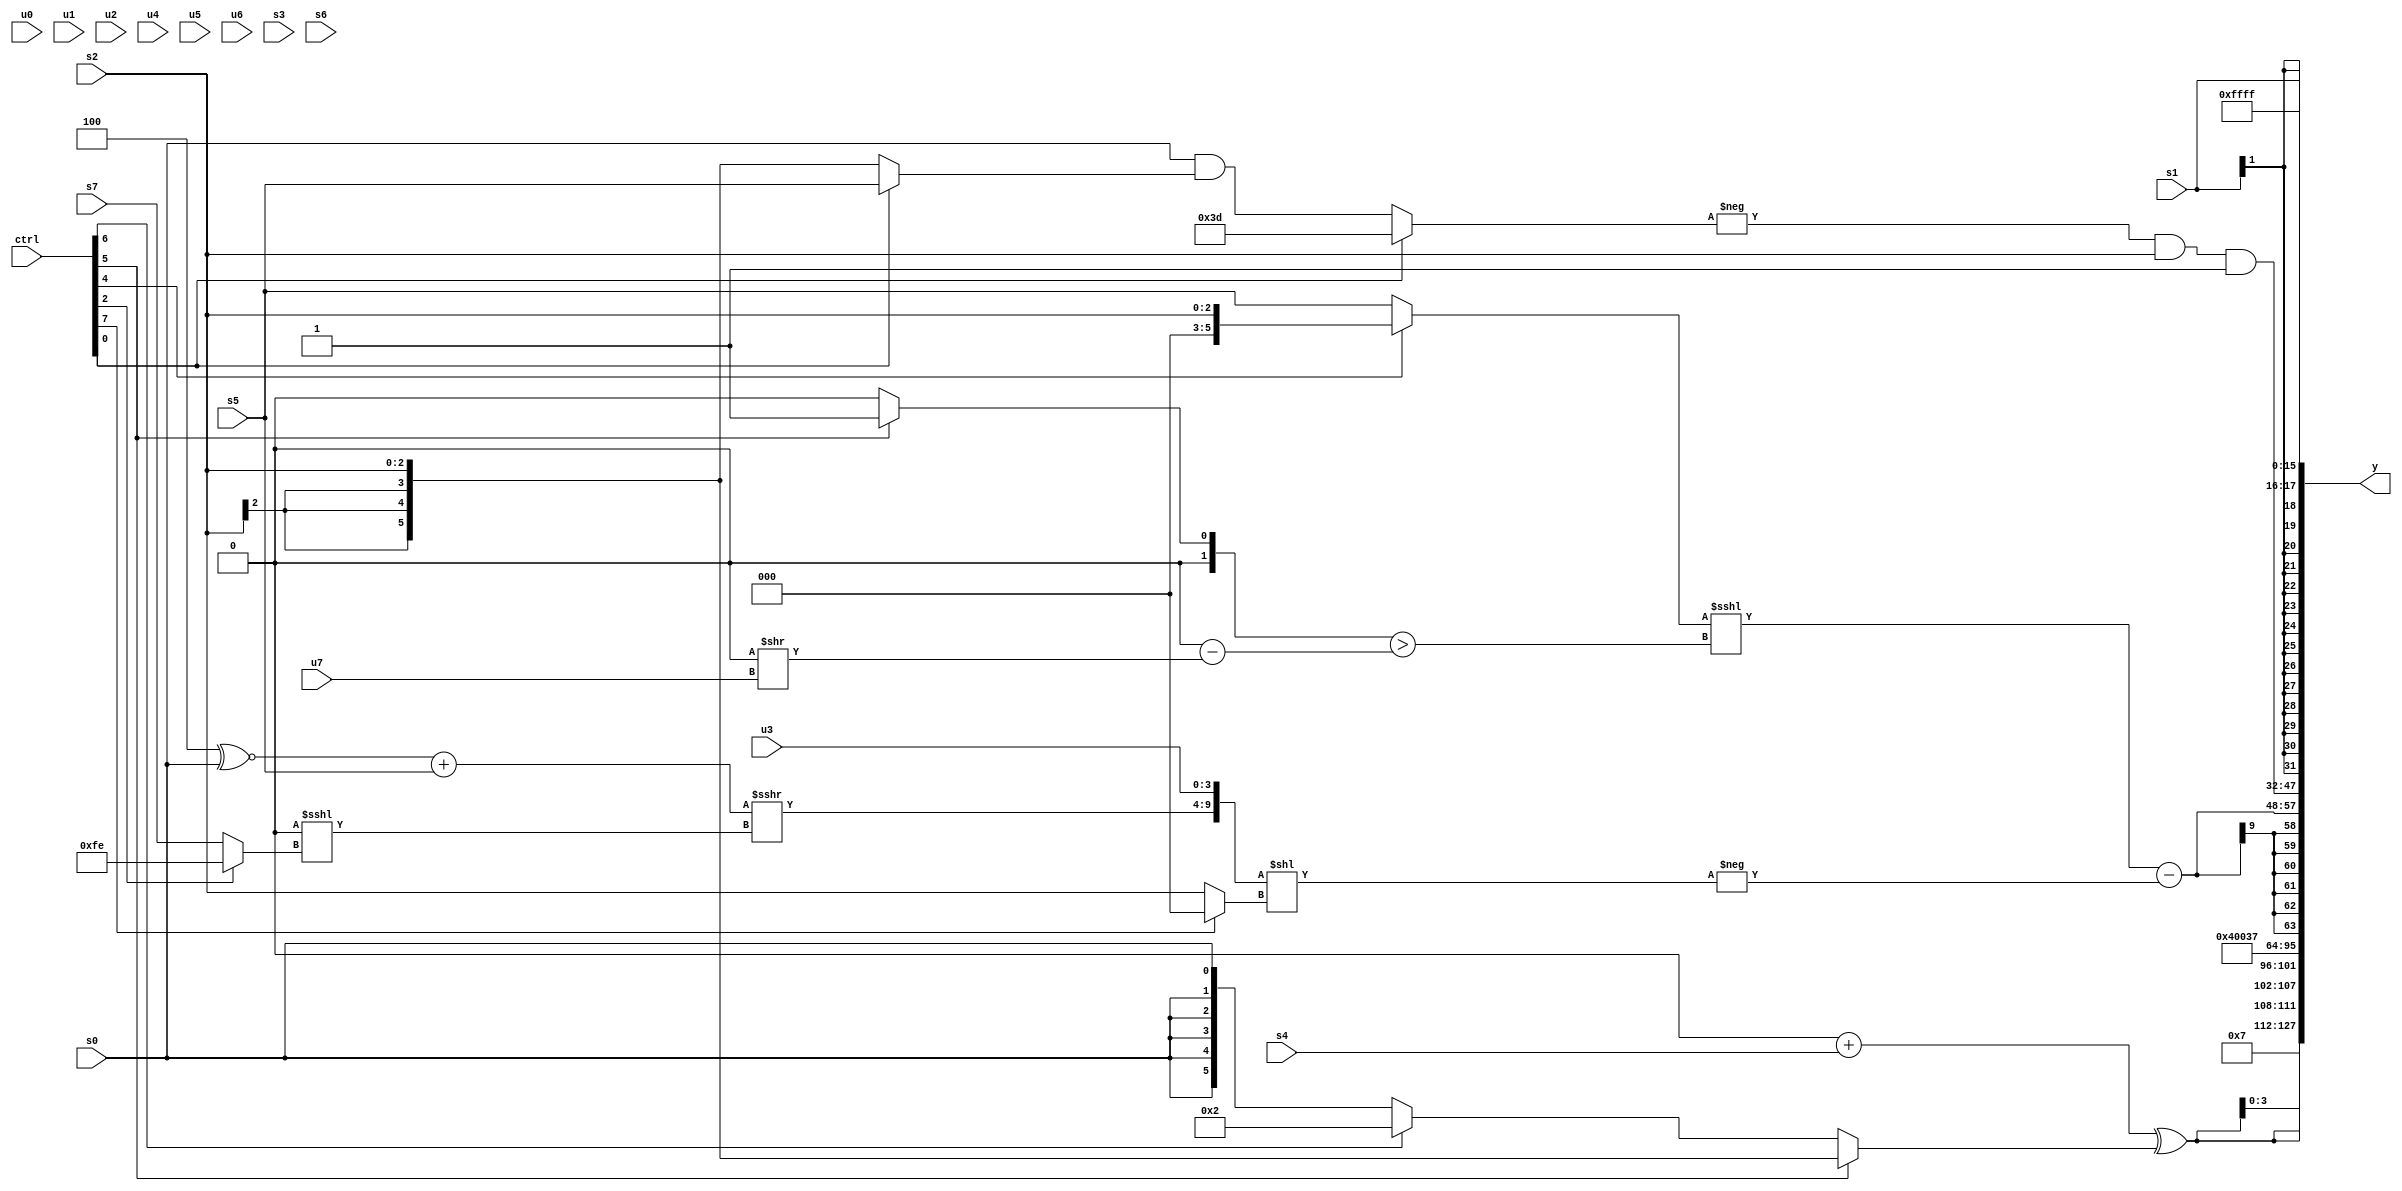
module wideexpr_00078(ctrl, u0, u1, u2, u3, u4, u5, u6, u7, s0, s1, s2, s3, s4, s5, s6, s7, y);
  input [7:0] ctrl;
  input [0:0] u0;
  input [1:0] u1;
  input [2:0] u2;
  input [3:0] u3;
  input [4:0] u4;
  input [5:0] u5;
  input [6:0] u6;
  input [7:0] u7;
  input signed [0:0] s0;
  input signed [1:0] s1;
  input signed [2:0] s2;
  input signed [3:0] s3;
  input signed [4:0] s4;
  input signed [5:0] s5;
  input signed [6:0] s6;
  input signed [7:0] s7;
  output [127:0] y;
  wire [15:0] y0;
  wire [15:0] y1;
  wire [15:0] y2;
  wire [15:0] y3;
  wire [15:0] y4;
  wire [15:0] y5;
  wire [15:0] y6;
  wire [15:0] y7;
  assign y = {y0,y1,y2,y3,y4,y5,y6,y7};
  assign y0 = 5'sb00111;
  assign y1 = {-(($signed(+((ctrl[0]?$signed($signed(s6)):((4'sb1011)<<(s2))>=({1{6'b110101}})))))<<<($signed((ctrl[2]?(ctrl[1]?(s0)&($signed(5'sb00110)):((3'sb001)>>>(3'b100))+(s0)):-($unsigned((5'sb01110)|(4'sb0101))))))),3'sb010,{3{+($signed(($signed($signed((2'sb00)+(s4))))^((ctrl[5]?s2:(ctrl[6]?6'sb000010:s0)))))}}};
  assign y2 = $signed(4'sb0100);
  assign y3 = ({{4{(3'sb000)^~((6'sb000100)<<(2'sb01))}}})>>($signed(6'sb010010));
  assign y4 = $signed((((ctrl[4]?s2:s5))<<<($signed(((ctrl[5]?2'sb01:(-(s3))>>({5'b01010,2'sb10})))>(((2'sb00)>>(2'sb00))-((1'sb0)>>(u7))))))-(-(({(((4'sb1100)^~(s0))+($signed(s5)))>>>(($unsigned(1'b0))<<<((ctrl[2]?4'sb1110:s7))),u3})<<((ctrl[7]?2'sb00:s2)))));
  assign y5 = ((-($signed((ctrl[0]?5'sb11101:(s0)&((ctrl[0]?s5:s2))))))&(s2))&(+(1'sb1));
  assign y6 = s1;
  assign y7 = ~(2'sb00);
endmodule